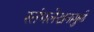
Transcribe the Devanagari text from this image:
स्तंभलेखनामुळे